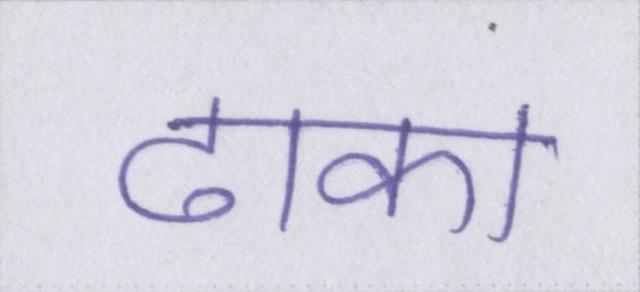
ढाका